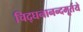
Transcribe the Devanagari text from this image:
चिद्घनानन्दमूर्तये